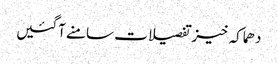
دھماکہ خیز تفصیلات سامنے آگئیں